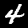
Digit: 4